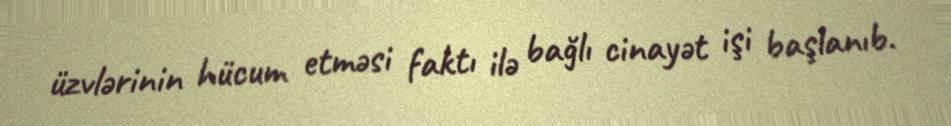
üzvlərinin hücum etməsi faktı ilə bağlı cinayət işi başlanıb.